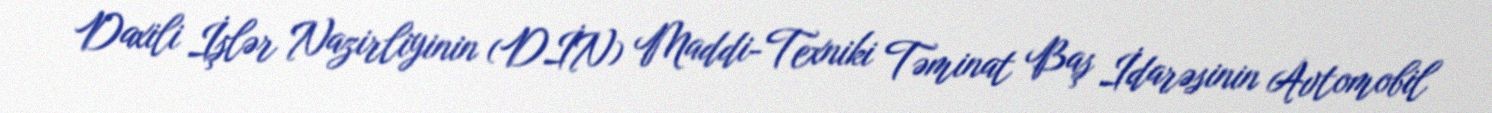
Daxili İşlər Nazirliyinin (DİN) Maddi-Texniki Təminat Baş İdarəsinin Avtomobil